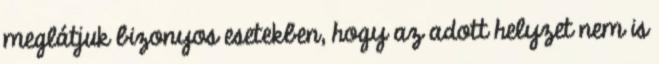
meglátjuk bizonyos esetekben, hogy az adott helyzet nem is